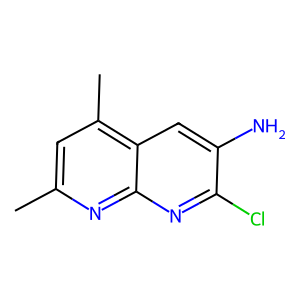
SMILES: Cc1cc(C)c2cc(N)c(Cl)nc2n1
Inhibits HIV replication: No